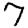
Digit: 7